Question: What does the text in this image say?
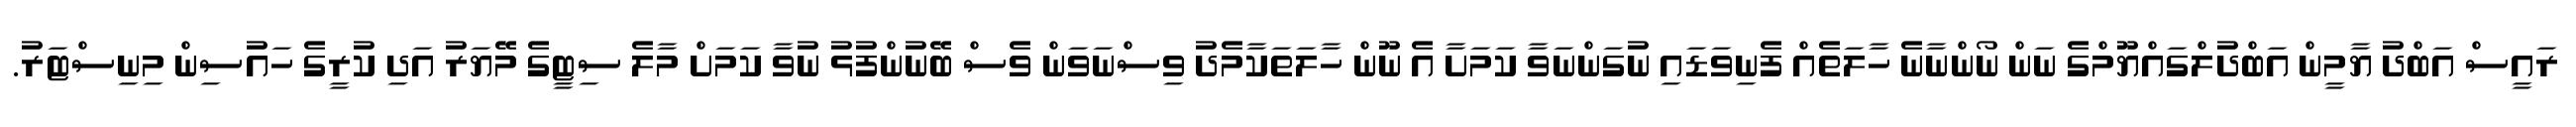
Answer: ރައީސް އަބްދު ޔާމީން އަބްދުލްގައްޔޫމްގެ ނަން ނޯންނާނެ ހާލަތެއް ފެނިވަޑައި ނުގަންނަވާ ކަމަށާ އެ ނޫން ހާލަތަކާމެދު ވިސްނަވަން ވެސް ބޭނުންފުޅު ނުވާ ކަމަށް މާލެ ސިޓީގެ މޭޔަރު އަދި ކުރީގެ ހައުސިން މިނިސްޓަރު.